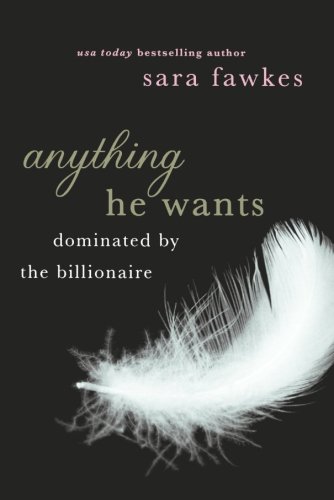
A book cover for Anything He Wants; Sara Fawkes; Romance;